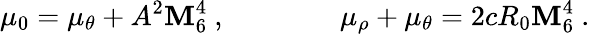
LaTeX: \mu_{0}=\mu_{\theta}+A^{2}\mathbf{M}_{6}^{4}\ ,\qquad\qquad\mu_{\rho}+\mu_{\theta}=2cR_{0}\mathbf{M}_{6}^{4}\ .